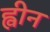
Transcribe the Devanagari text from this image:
ह्वीन